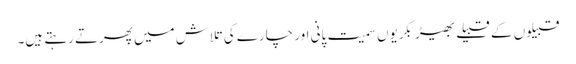
قبیلوں کے قبیلے بھیڑ بکریوں سمیت پانی اور چارے کی تلاش میں پھرتے رہتے ہیں۔